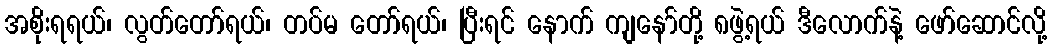
အစိုးရရယ်၊ လွတ်တော်ရယ်၊ တပ်မ တော်ရယ်၊ ပြီးရင် နောက် ကျနော်တို့ ၈ဖွဲ့ရယ် ဒီလောက်နဲ့ ဖော်ဆောင်လို့